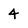
Character: 4